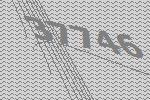
37746